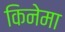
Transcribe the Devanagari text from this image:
किनेमा